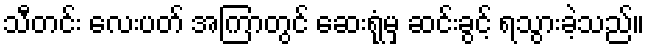
သီတင်း လေးပတ် အကြာတွင် ဆေးရုံမှ ဆင်းခွင့် ရသွားခဲ့သည်။